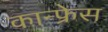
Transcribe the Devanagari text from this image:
कान्फ्रेस